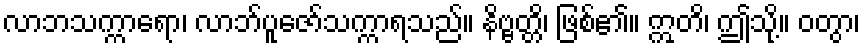
လာဘသက္ကာရော၊ လာဘ်ပူဇော်သက္ကာရသည်။ နိဗ္ဗတ္တိ၊ ဖြစ်၏။ ဣတိ၊ ဤသို့။ ဝတွာ၊